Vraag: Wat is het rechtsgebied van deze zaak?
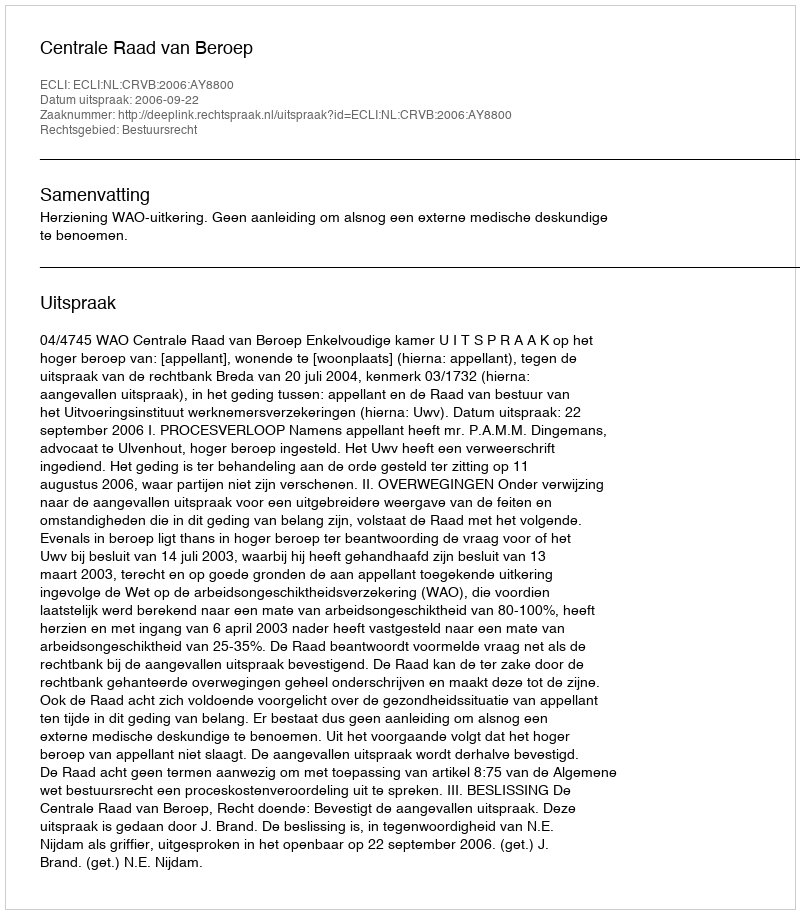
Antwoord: Bestuursrecht